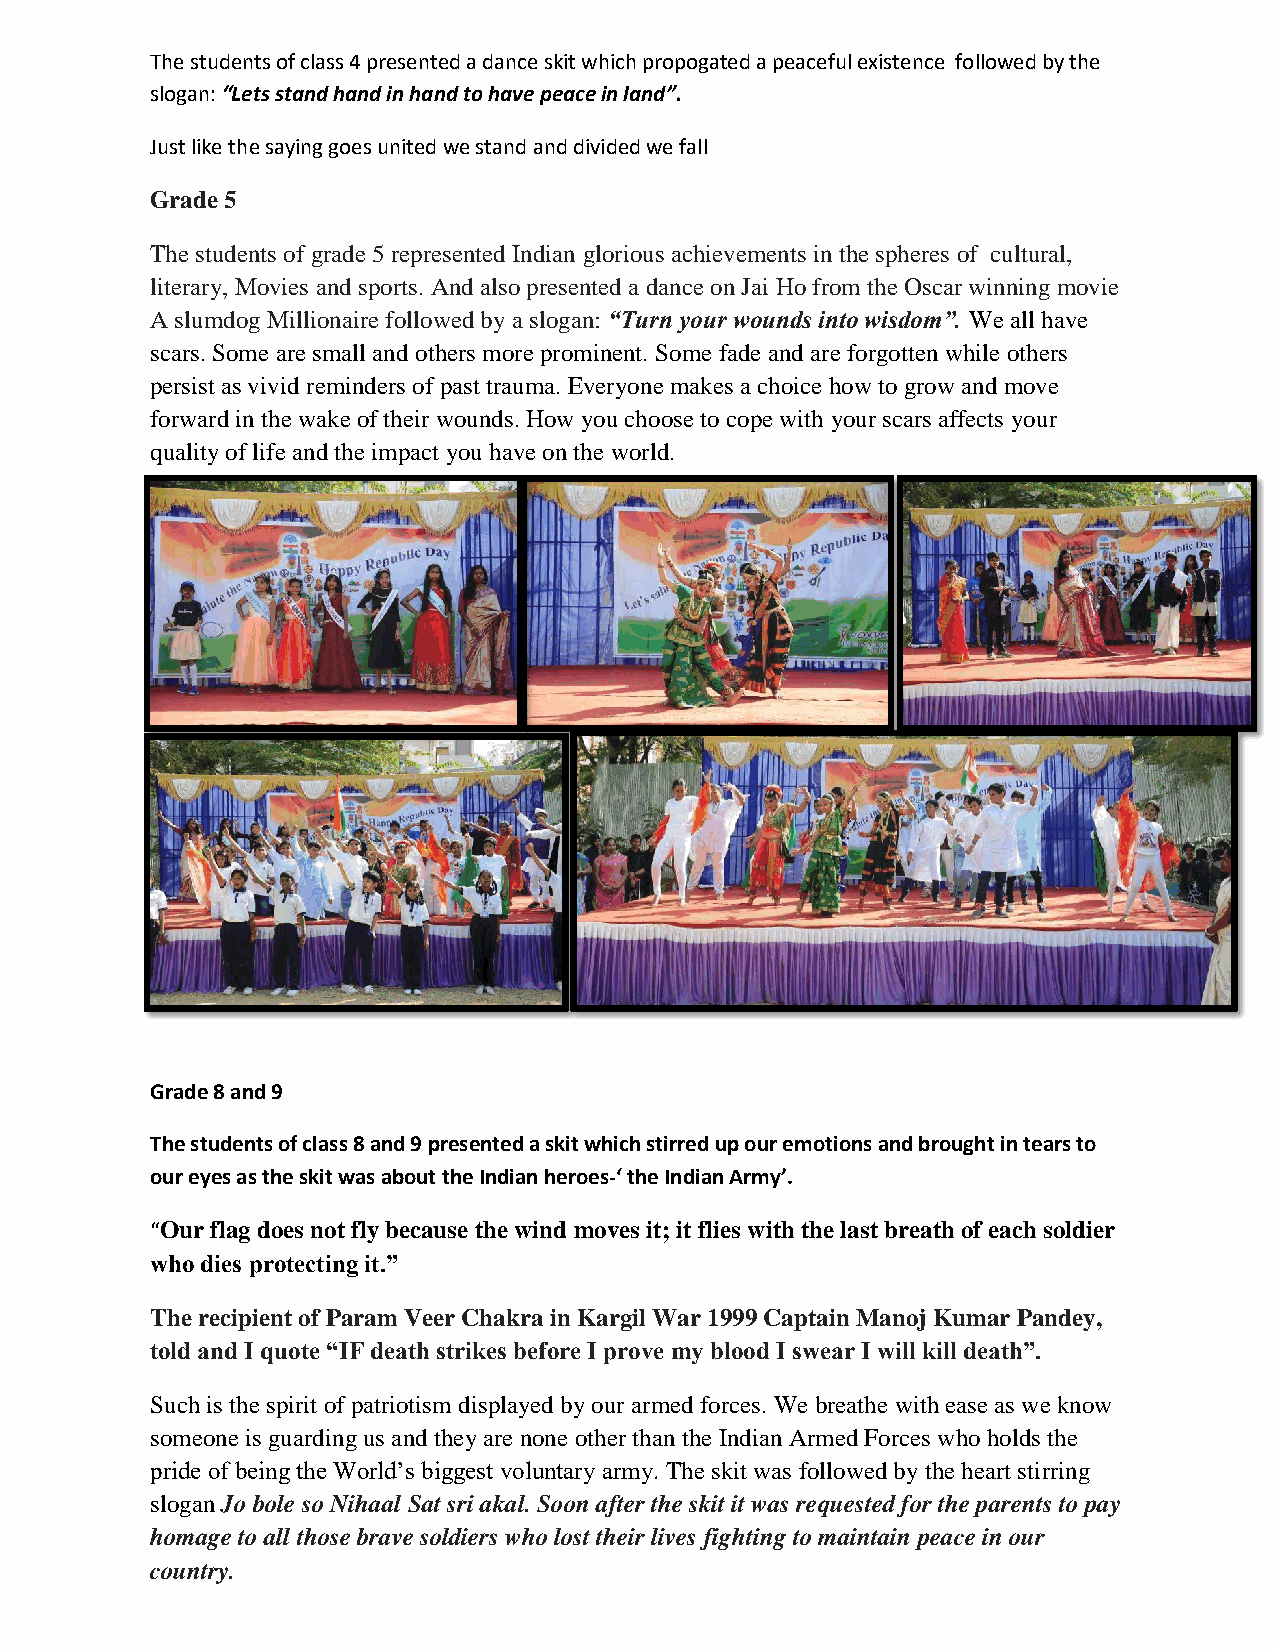
The students of class 4 presented a dance skit which propogated a peaceful existence followed by the
 slogan: “Lets stand hand in hand to have peace in land”.
 Just like the saying goes united we stand and divided we fall
 Grade 5
 The students of grade 5 represented Indian glorious achievements in the spheres of cultural,
 literary, Movies and sports. And also presented a dance on Jai Ho from the Oscar winning movie
 A slumdog Millionaire followed by a slogan: “Turn your wounds into wisdom”. We all have
 scars. Some are small and others more prominent. Some fade and are forgotten while others
 persist as vivid reminders of past trauma. Everyone makes a choice how to grow and move
 forward in the wake of their wounds. How you choose to cope with your scars affects your
 quality of life and the impact you have on the world.
 Grade 8 and 9
 The students of class 8 and 9 presented a skit which stirred up our emotions and brought in tears to
 our eyes as the skit was about the Indian heroes-‘ the Indian Army’.
 “Our flag does not fly because the wind moves it; it flies with the last breath of each soldier
 who dies protecting it.”
 The recipient of Param Veer Chakra in Kargil War 1999 Captain Manoj Kumar Pandey,
 told and I quote “IF death strikes before I prove my blood I swear I will kill death”.
 Such is the spirit of patriotism displayed by our armed forces. We breathe with ease as we know
 someone is guarding us and they are none other than the Indian Armed Forces who holds the
 pride of being the World’s biggest voluntary army. The skit was followed by the heart stirring
 slogan Jo bole so Nihaal Sat sri akal. Soon after the skit it was requested for the parents to pay
 homage to all those brave soldiers who lost their lives fighting to maintain peace in our
 country.